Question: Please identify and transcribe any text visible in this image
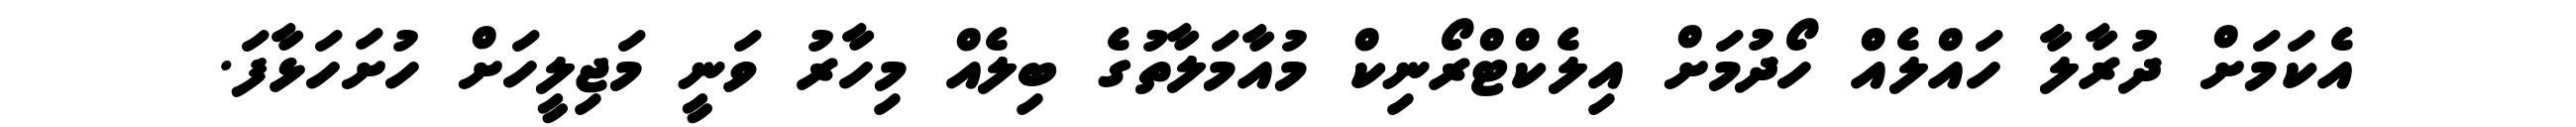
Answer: އެކަމަށް ދުރާލާ ހައްލެއް ހޯދުމަށް އިލެކްޓްރޯނިކް މުއާމަލާތުގެ ބިލެއް މިހާރު ވަނީ މަޖިލީހަށް ހުށަހަޅާފަ.